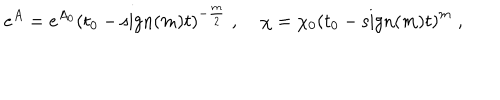
LaTeX: e ^ { A } = e ^ { A _ { 0 } } \left( t _ { 0 } - \mathrm { s i g n } ( m ) t \right) ^ { - \frac { m } { 2 } } \; , \; \chi = \chi _ { 0 } \left( t _ { 0 } - \mathrm { s i g n } ( m ) t \right) ^ { m } \; ,